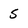
Character: 5